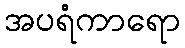
အပရံကာရော